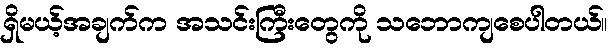
ရှိမယ့်အချက်က အသင်းကြီးတွေကို သဘောကျစေပါတယ်။